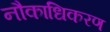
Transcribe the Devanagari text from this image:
नौकाधिकरण